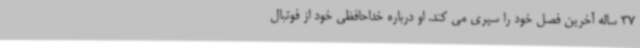
37 ساله آخرین فصل خود را سپری می کند. او درباره خداحافظی خود از فوتبال